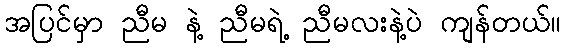
အပြင်မှာ ညီမ နဲ့ ညီမရဲ့ ညီမလးနဲ့ပဲ ကျန်တယ်။